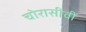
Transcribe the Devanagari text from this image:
चोरासीवीं